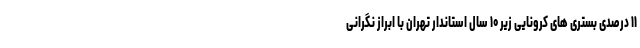
۱۱ درصدی بستری های کرونایی زیر ۱۰ سال استاندار تهران با ابراز نگرانی